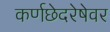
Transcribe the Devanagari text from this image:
कर्णछेदरेषेवर